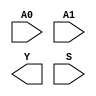
/**
 * Copyright 2020 The SkyWater PDK Authors
 *
 * Licensed under the Apache License, Version 2.0 (the "License");
 * you may not use this file except in compliance with the License.
 * You may obtain a copy of the License at
 *
 *     https://www.apache.org/licenses/LICENSE-2.0
 *
 * Unless required by applicable law or agreed to in writing, software
 * distributed under the License is distributed on an "AS IS" BASIS,
 * WITHOUT WARRANTIES OR CONDITIONS OF ANY KIND, either express or implied.
 * See the License for the specific language governing permissions and
 * limitations under the License.
 *
 * SPDX-License-Identifier: Apache-2.0
 */

`ifndef SKY130_FD_SC_HDLL__UDP_MUX_2TO1_N_SYMBOL_V
`define SKY130_FD_SC_HDLL__UDP_MUX_2TO1_N_SYMBOL_V

/**
 * udp_mux_2to1_N: Two to one multiplexer with inverting output
 *
 * Verilog stub (with power pins) for graphical symbol definition
 * generation.
 *
 * WARNING: This file is autogenerated, do not modify directly!
 */

`timescale 1ns / 1ps
`default_nettype none

(* blackbox *)
module sky130_fd_sc_hdll__udp_mux_2to1_N (
    //# {{data|Data Signals}}
    input  A0,
    input  A1,
    output Y ,

    //# {{control|Control Signals}}
    input  S
);
endmodule

`default_nettype wire
`endif  // SKY130_FD_SC_HDLL__UDP_MUX_2TO1_N_SYMBOL_V